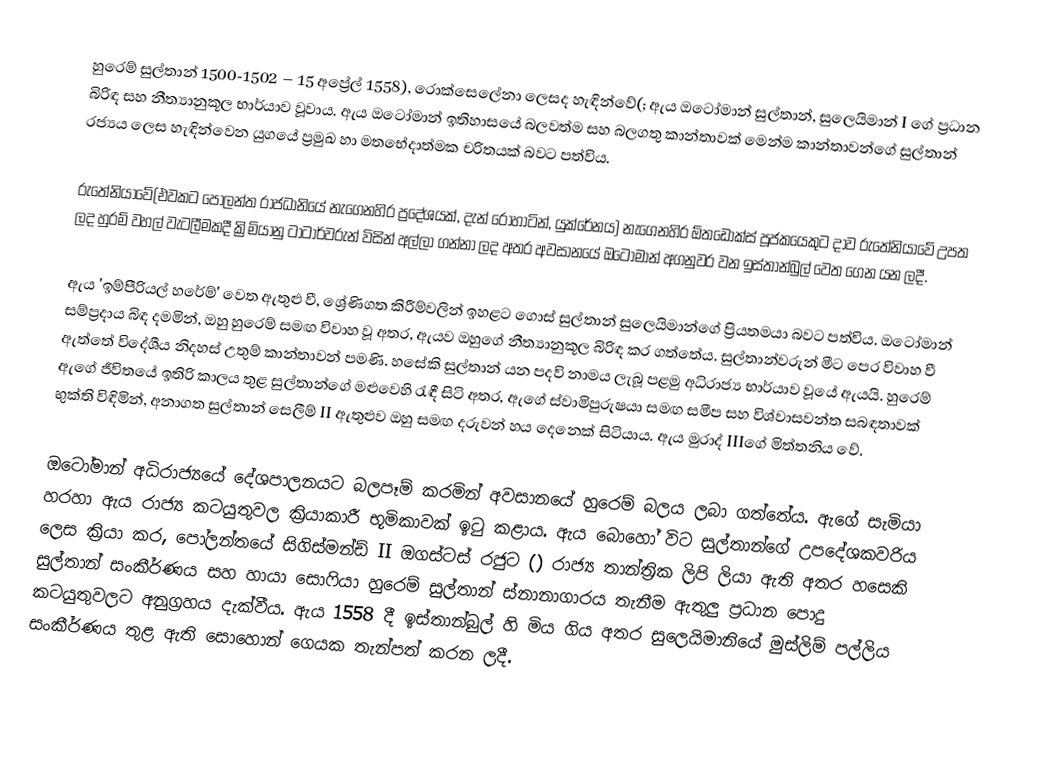
හුරෙම් සුල්තාන් 1500-1502 – 15 අප්‍රේල් 1558), රොක්සෙලේනා ලෙසද හැඳින්වේ(; ඇය ඔටෝමාන් සුල්තාන්, සුලෙයිමාන් I ගේ ප්‍රධාන බිරිඳ සහ නීත්‍යානුකූල භාර්යාව වූවාය. ඇය ඔටෝමාන් ඉතිහාසයේ බලවත්ම සහ බලගතු කාන්තාවක් මෙන්ම කාන්තාවන්ගේ සුල්තාන් රජ්‍යය ලෙස හැඳින්වෙන යුගයේ ප්‍රමුඛ හා මතභේදාත්මක චරිතයක් බවට පත්විය.

රුතේනියාවේ(එවකට පෝලන්ත රාජධානියේ නැගෙනහිර ප්‍රදේශයක්, දැන් රොහාටින්, යුක්රේනය) නැගෙනහිර ඕතඩොක්ස් පූජකයෙකුට දාව රුතේනියාවේ උපත ලද හුරම් වහල් වැටලීමකදී ක්‍රිමියානු ටාටාර්වරුන් විසින් අල්ලා ගන්නා ලද අතර අවසානයේ ඔටෝමාන් අගනුවර වන ඉස්තාන්බුල් වෙත ගෙන යන ලදී.

ඇය 'ඉම්පීරියල් හරේම්' වෙත ඇතුළු වී, ශ්‍රේණිගත කිරීම්වලින් ඉහළට ගොස් සුල්තාන් සුලෙයිමාන්ගේ ප්‍රියතමයා බවට පත්විය. ඔටෝමාන් සම්ප්‍රදාය බිඳ දමමින්, ඔහු හුරෙම් සමඟ විවාහ වූ අතර, ඇයව ඔහුගේ නීත්‍යානුකූල බිරිඳ කර ගත්තේය. සුල්තාන්වරුන් මීට පෙර විවාහ වී ඇත්තේ විදේශීය නිදහස් උතුම් කාන්තාවන් පමණි. හසේකි සුල්තාන් යන පදවි නාමය ලැබූ පළමු අධිරාජ්‍ය භාර්යාව වූයේ ඇයයි. හුරෙම් ඇගේ ජීවිතයේ ඉතිරි කාලය තුළ සුල්තාන්ගේ මළුවෙහි රැඳී සිටි අතර, ඇගේ ස්වාමිපුරුෂයා සමඟ සමීප සහ විශ්වාසවන්ත සබඳතාවක් භුක්ති විඳිමින්, අනාගත සුල්තාන් සෙලීම් II ඇතුළුව ඔහු සමඟ දරුවන් හය දෙනෙක් සිටියාය. ඇය මුරාද් IIIගේ මිත්තනිය වේ.

ඔටෝමාන් අධිරාජ්‍යයේ දේශපාලනයට බලපෑම් කරමින් අවසානයේ හුරෙම් බලය ලබා ගත්තේය. ඇගේ සැමියා හරහා ඇය රාජ්‍ය කටයුතුවල ක්‍රියාකාරී භූමිකාවක් ඉටු කළාය. ඇය බොහෝ විට සුල්තාන්ගේ උපදේශකවරිය ලෙස ක්‍රියා කර, පෝලන්තයේ සිගිස්මන්ඩ් II ඔගස්ටස් රජුට () රාජ්‍ය තාන්ත්‍රික ලිපි ලියා ඇති අතර හසෙකි සුල්තාන් සංකීර්ණය සහ හායා සොෆියා හුරෙම් සුල්තාන් ස්නානාගාරය තැනීම ඇතුලු ප්‍රධාන පොදු කටයුතුවලට අනුග්‍රහය දැක්වීය. ඇය 1558 දී ඉස්තාන්බුල් හි මිය ගිය අතර සුලෙයිමානියේ මුස්ලිම් පල්ලිය සංකීර්ණය තුළ ඇති සොහොන් ගෙයක තැන්පත් කරන ලදී.